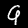
Label: 9